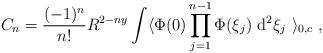
LaTeX: \begin{align*}C_n= \frac{(-1)^n}{n!}R^{2-ny}\int\langle \Phi (0) \prod\limits_{j=1}^{n-1} \Phi (\xi_j)\ {\rm d}^2\xi_j\ \rangle_{0,c}\ ,\end{align*}